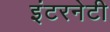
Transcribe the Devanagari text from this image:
इंटरनेटी